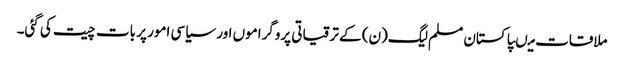
ملاقات میںپاکستان مسلم لیگ(ن) کے ترقیاتی پروگراموں اور سیاسی امور پر بات چیت کی گئی۔